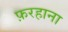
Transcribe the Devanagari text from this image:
फ़रहाना